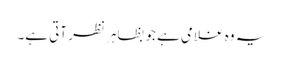
یہ وہ غلامی ہے جو بظاہر نظر آتی ہے۔